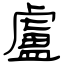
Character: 盧